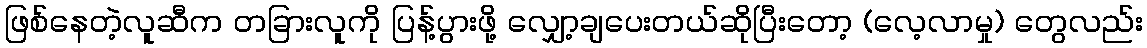
ဖြစ်နေတဲ့လူဆီက တခြားလူကို ပြန့်ပွားဖို့ လျှော့ချပေးတယ်ဆိုပြီးတော့ (လေ့လာမှု) တွေလည်း